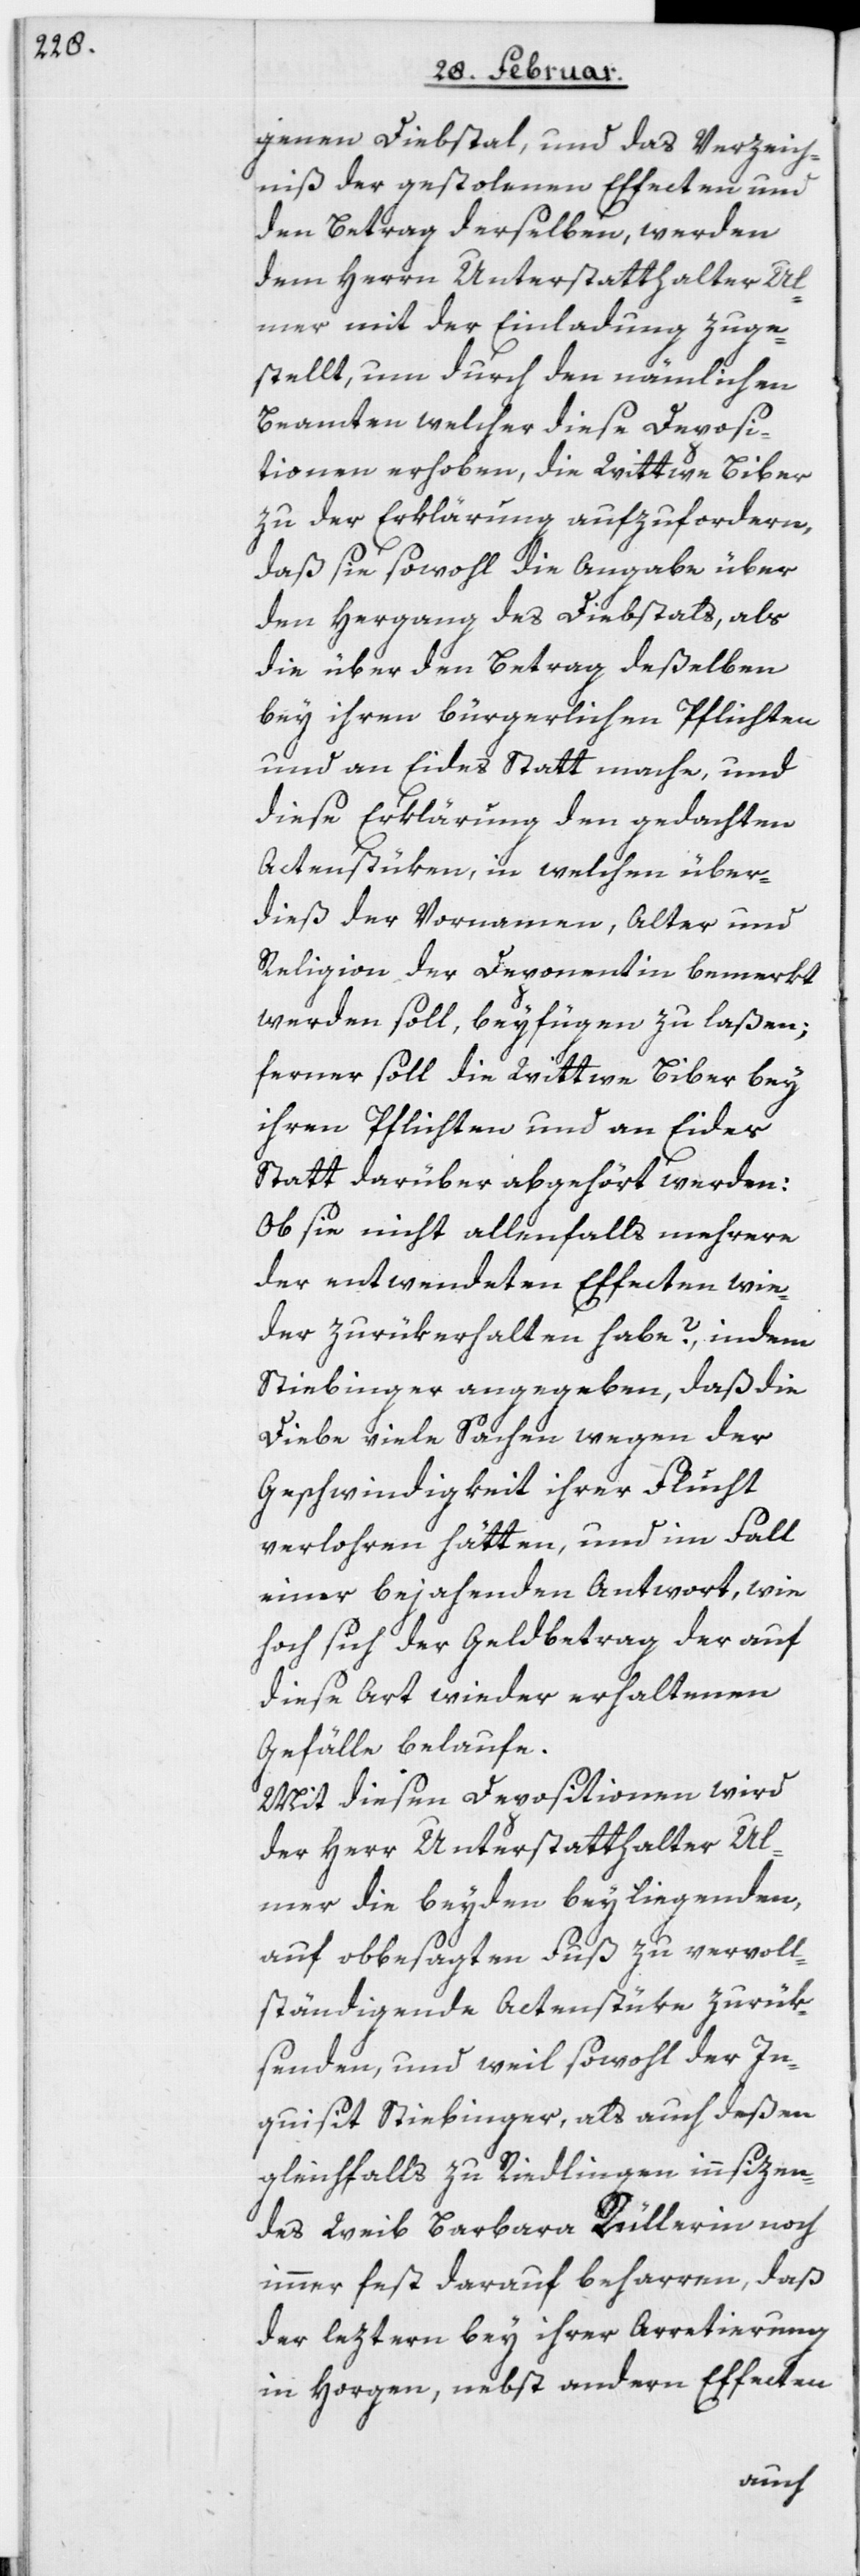
genen Diebstal, und das Verzeich¬
niß der gestolenen Effecten und
den Betrag derselben, werden
dem Herrn Unterstatthalter Ul¬
mer mit der Einladung zuge¬
stellt, um durch den nämlichen
Beamten welcher diese Deposi¬
tionen erhoben, die Wittwe Biber
zu der Erklärung aufzufordern,
daß sie sowohl die Angabe über
den Hergang des Diebstals, als
die über den Betrag deßelben
bey ihren bürgerlichen Pflichten
und an Eides Statt mache, und
diese Erklärung den gedachten
Actenstüken, in welchen über¬
dieß der Vornamen, Alter und
Religion der Deponentin bemerkt
werden soll, beyfügen zu laßen;
ferner soll die Wittwe Biber bey
ihren Pflichten und an Eides
Statt darüber abgehört werden:
Ob sie nicht allenfalls mehrere
der entwendeten Effecten wie¬
der zurükerhalten habe?, indem
Stiebinger angegeben, daß die
Diebe viele Sachen wegen der
Geschwindigkeit ihrer Flucht
verlohren hätten, und im Fall
einer bejahenden Antwort, wie
hoch sich der Geldbetrag der auf
diese Art wieder erhaltenen
Gefälle belaufe.
Mit diesen Depositionen wird
der Herr Unterstatthalter Ul¬
mer die beyden beyliegenden,
auf obbesagten Fuß zu vervoll¬
ständigende Actenstüke zurük¬
senden, und weil sowohl der In¬
quisit Stiebinger, als auch deßen
gleichfalls zu Riedlingen innsizen¬
des Weib Barbara Rüllerin noch
immer fest darauf beharren, daß
der leztern bey ihrer Arretierung
in Horgen, nebst andern Effecten